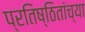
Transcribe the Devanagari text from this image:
प्रतिष्ठितांच्या